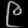
Digit: ၉